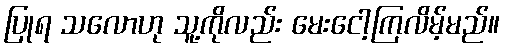
ပြုရ သလောဟု သူ့ကိုလည်း မေးငေါ့ကြလိမ့်မည်။